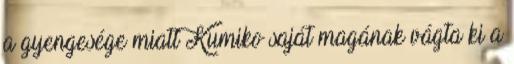
a gyengesége miatt Kumiko saját magának vágta ki a